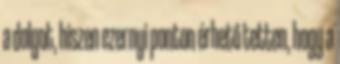
a dolgot, hiszen ezernyi ponton érhető tetten, hogy a